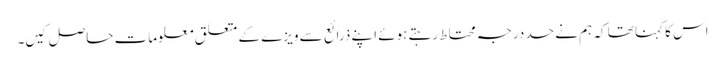
اس کا کہنا تھا کہ ہم نے حد درجہ محتاط رہتے ہوئے اپنے ذرائع سے ویزے کے متعلق معلومات حاصل کیں۔